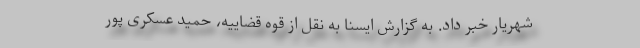
شهریار خبر داد. به گزارش ایسنا به نقل از قوه قضاییه، حمید عسکری پور